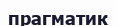
прагматик